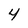
Character: 4